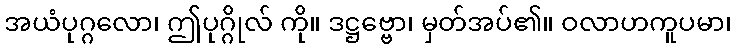
အယံပုဂ္ဂလော၊ ဤပုဂ္ဂိုလ် ကို။ ဒဋ္ဌဗ္ဗော၊ မှတ်အပ်၏။ ဝလာဟကူပမာ၊